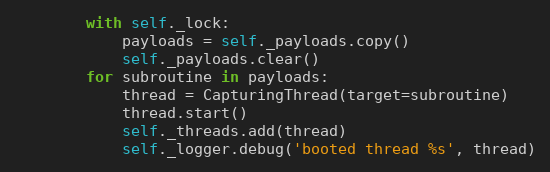
Language: Python
        with self._lock:
            payloads = self._payloads.copy()
            self._payloads.clear()
        for subroutine in payloads:
            thread = CapturingThread(target=subroutine)
            thread.start()
            self._threads.add(thread)
            self._logger.debug('booted thread %s', thread)